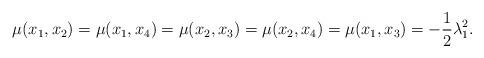
LaTeX: \begin{align*} \mu(x_{1},x_{2})=\mu(x_{1},x_{4})=\mu(x_{2},x_{3})= \mu(x_{2},x_{4})=\mu(x_{1},x_{3})=-\frac{1}{2}\lambda_{1}^{2}.\end{align*}